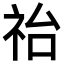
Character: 𥙉